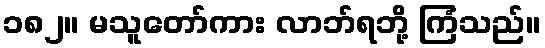
၁၈၂။ မသူတော်ကား လာဘ်ရဘို့ ကြံသည်။